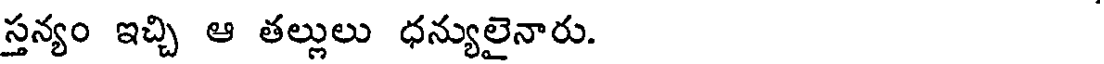
స్తన్యం ఇచ్చి ఆ తల్లులు ధన్యులైనారు.